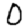
Digit: 0